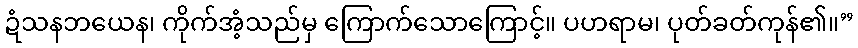
ဍံသနဘယေန၊ ကိုက်အံ့သည်မှ ကြောက်သောကြောင့်။ ပဟရာမ၊ ပုတ်ခတ်ကုန်၏။”